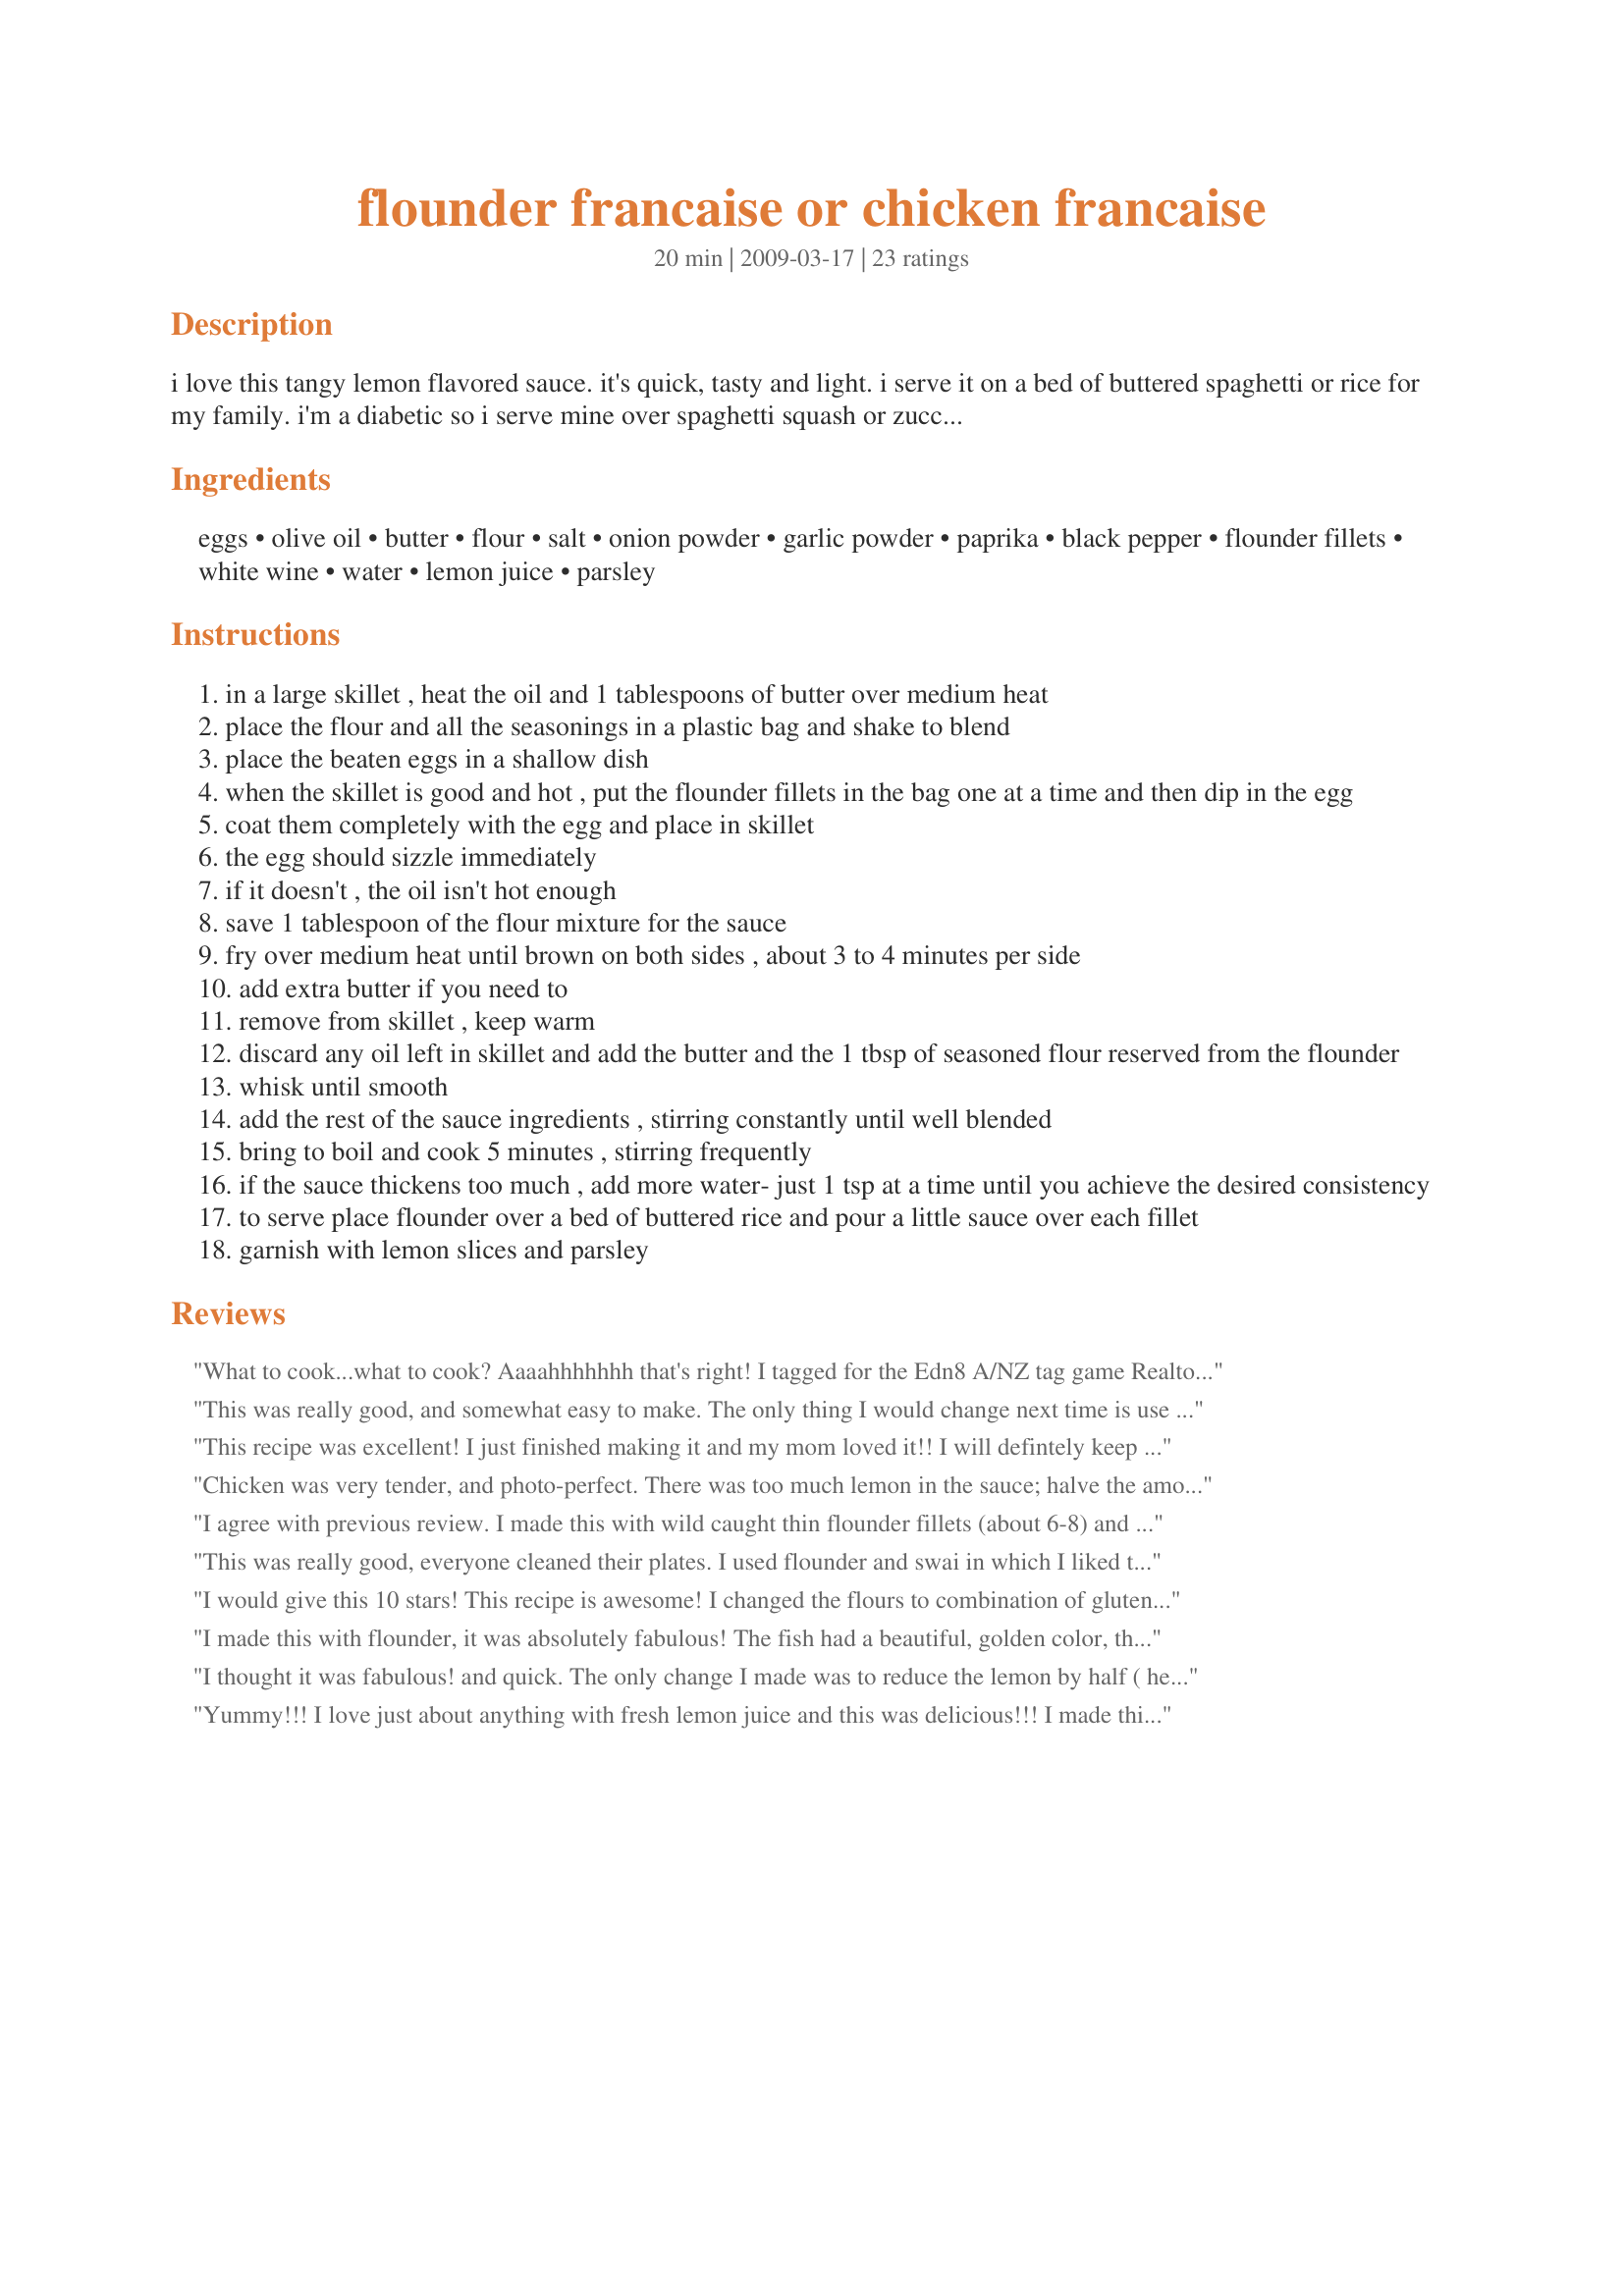
flounder francaise or chicken francaise
Preparation time: 20 minutes

i love this tangy lemon flavored sauce. it's quick, tasty and light. i serve it on a bed of buttered spaghetti or rice for my family. i'm a diabetic so i serve mine over spaghetti squash or zucchini. it's just perfect either way. you can use this recipe for chicken as well, just substitute 2 large chicken breasts, cut in half to make 4 thin fillets.

Ingredients:
eggs, olive oil, butter, flour, salt, onion powder, garlic powder, paprika, black pepper, flounder fillets, white wine, water, lemon juice, parsley

Steps:
in a large skillet , heat the oil and 1 tablespoons of butter over medium heat
place the flour and all the seasonings in a plastic bag and shake to blend
place the beaten eggs in a shallow dish
when the skillet is good and hot , put the flounder fillets in the bag one at a time and then dip in the egg
coat them completely with the egg and place in skillet
the egg should sizzle immediately
if it doesn't , the oil isn't hot enough
save 1 tablespoon of the flour mixture for the sauce
fry over medium heat until brown on both sides , about 3 to 4 minutes per side
add extra butter if you need to
remove from skillet , keep warm
discard any oil left in skillet and add the butter and the 1 tbsp of seasoned flour reserved from the flounder
whisk until smooth
add the rest of the sauce ingredients , stirring constantly until well blended
bring to boil and cook 5 minutes , stirring frequently
if the sauce thickens too much , add more water- just 1 tsp at a time until you achieve the desired consistency
to serve place flounder over a bed of buttered rice and pour a little sauce over each fillet
garnish with lemon slices and parsley

Reviews:
What to cook...what to cook? Aaaahhhhhhh that's right! I tagged for the Edn8 A/NZ tag game Realtor's recipe #361518. It's a package-it-up and tie-it-with-a-bow delicious! 10 Stars
This was really good, and somewhat easy to make. The only thing I would change next time is use half the amount of lemon it calls for, it was just too lemony for my tastes. Other than that, my husband raved about how the fish was cooked!
This recipe was excellent! I just finished making it and my mom loved it!! I will defintely keep this recipe in rotation!!
Chicken was very tender, and photo-perfect. There was too much lemon in the sauce; halve the amount of lemon juice, and I think it would be perfect. Made for Please Review My Recipe tag game.
I agree with previous review. I made this with wild caught thin flounder fillets (about 6-8) and cooked for a few minutes each side in electric skillet. Removed and made the sauce right in a corner of the skillet, and it turned out perfect. I also made some tartar sauce for the kids with a little Hellman&#039;s mayo, dill relish, and lemon juice. This was perfect!
This was really good, everyone cleaned their plates. I used flounder and swai in which I liked the swai better. I added some capers, onions, red peppers to the sauce. Can&#039;t wait to try it with chicken.
I would give this 10 stars! This recipe is awesome! I changed the flours to combination of gluten free flours and this was a hit with everyone! I made it again tonight (the first time was not even a week ago!) A definite keeper! The sauce was SO delicious! I doubled the sauce the 2nd time since we had it over mashed potatoes. I used flounder for this since we do not eat chicken. This wasso delicious, the only regret we had was that I hadn't made more! Thank you again for an over the top recipe :)
I made this with flounder, it was absolutely fabulous! The fish had a beautiful, golden color, the sauce was delicious. For my taste, the amount of lemon was perfect, I also added a few capers to the sauce. This is an impressive, company worthy recipe! Thanks for posting!
I thought it was fabulous! and quick. The only change I made was to reduce the lemon by half ( hence the 4 stars) as others had commented. A keeper for sure.
Yummy!!! I love just about anything with fresh lemon juice and this was delicious!!! I made this using chicken and served it with pasta, green beans and garlic rolls and the whole family loved it. I felt the amount of lemon juice was just perfect for my tastes. Thanks so much for sharing the recipe. Made for Holiday Tag Game.
I really enjoyed this recipe. I ended up using a combination of flounder and sole for the fish (they taste similar) and fleur de sol for the salt. Other than that, it was made as directed. I loved the crust that formed on the outer layer of the fish. The sauce is very good and lemony. A little goes a long way! Note... be sure to set aside the 1 tablespoon of the flour mixture before shaking your fish in it all. 
Great recipe. Merci! ~Made for ZWT5 Epicurean Queens~
The flounder was absolutely delicious. I have never cooked fish or meat in this manner (with the egg following the flour mixture), but I ended up LOVING it. I also liked that the egg seemed to prevent the flour from coming off in the pan, so less blackened bits accumulated and there was very little smoke associated with the frying process. I followed the recipe exactly, except that I used 1/4 cup flour and 1/4 cup corn starch. My only complaint is with the sauce. I found it to be WAAAY too lemony and also the wine was overpowering. Perhaps this was because I added cornstarch to the seasoning blend and used less flour? Thankfully I didn&#039;t pour the sauce over all of the fish, so we were able to eat only the fish, which was good all by itself. The next time I make this I will stick with only the fish and will pick a different recipe for the sauce.
Quick and delicious! Served with jasmine rice and peas. Great weeknight meal.
Great recipe, everyone loved it!
Made this tonight for the 1st time and really liked it. The only thing I would change is not using as much lemon in the sauce other than that it was very good
This was awesome with the flounder! I look forward to having it with the chicken too! Served with mashed potatoes and garlic string beans, we enjoyed it very much!
This recipe is awesome! I made this with Hog Fish OMGOODNESS amazing!!! I can’t wait to make it again with chicken.
Good and easy to make. I followed the recipe exactly as written. My family liked it but wasn't crazy about the sauce. I made with flounder.
Great recipe. Quick and easy. I used cod and it worked beautifully. I would double the sauce next time. I put the fish over a bed of stir fried vegetables and poured some sauce over all. This is a keeper.
I made the flounder francaise. It was very good and easy to prepare and cook. I made my first sauce. Yea! ????
Easy...absolutely delicious...will impress guests!
It was fab.
The fish over rice with the special sauce was the key.
Excellent recipe. Basic, good for fish. chicken, veal. Epecially good for beginners. Pound chicken or veal thin. If you don't have wine, use a good chicken stock (Better than Buillion is quite good if you don't have time). I served with butter, garlic, parsley, grated cheese angel hair. Yum.
